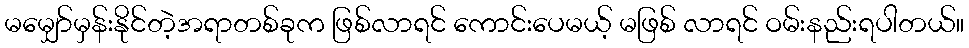
မမျှော်မှန်းနိုင်တဲ့အရာတစ်ခုက ဖြစ်လာရင် ကောင်းပေမယ့် မဖြစ် လာရင် ဝမ်းနည်းရပါတယ်။